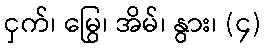
ငှက်၊ မြွေ၊ အိမ်၊ နွား၊ (၄)